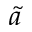
\tilde { a }